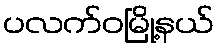
ပလက်ဝမြို့နယ်